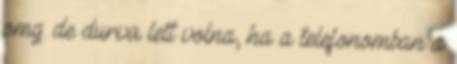
omg. de durva lett volna, ha a telefonomban a